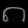
Digit: ၈